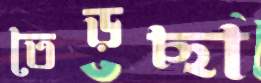
তেড়ছা